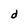
Character: d